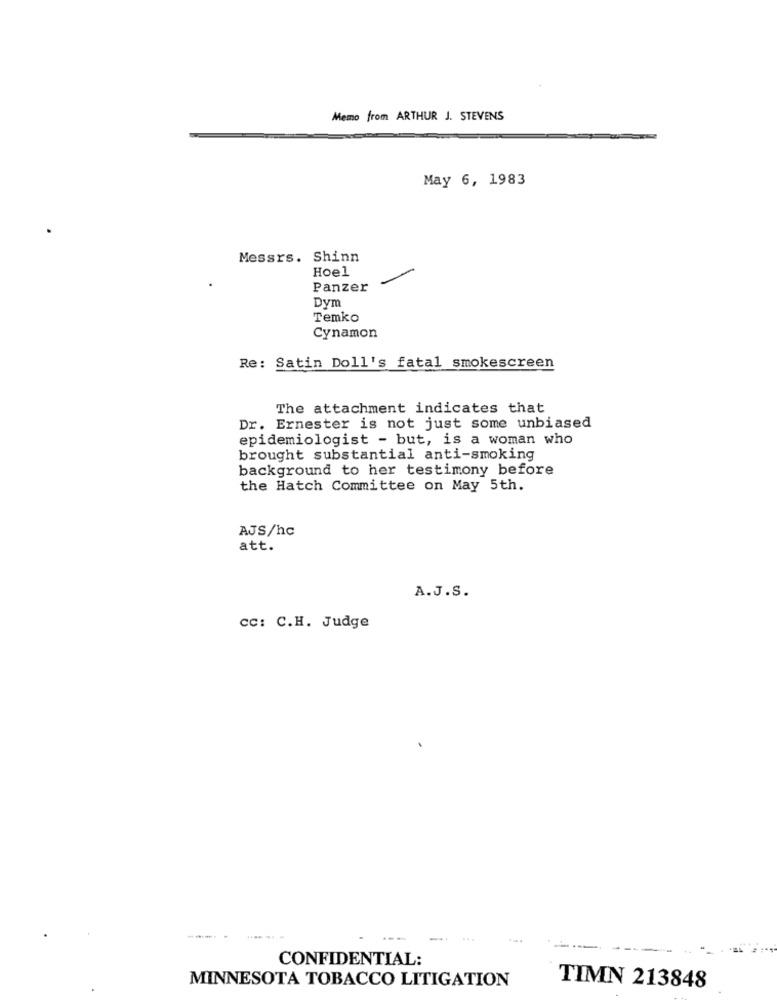
Memo from ARTHUR J. STEVENS
May 6, 1983
Messrs. Shinn
Hoel
Panzer
Dym
Temko
Cynamon
Re: Satin Doll's fatal smokescreen
The attachment indicates that
Dr. Ernester is not just some unbiased
epidemiologist - but, is a woman who
brought substantial anti-smoking
background to her testimony before
the Hatch Committee on May 5th.
AJS/hc
att.
A.J.S.
cc: C.H. Judge
--
-.
CONFIDENTIAL:
MINNESOTA TOBACCO LITIGATION
TIMN 213848